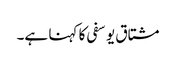
مشتاق یوسفی کا کہنا ہے۔